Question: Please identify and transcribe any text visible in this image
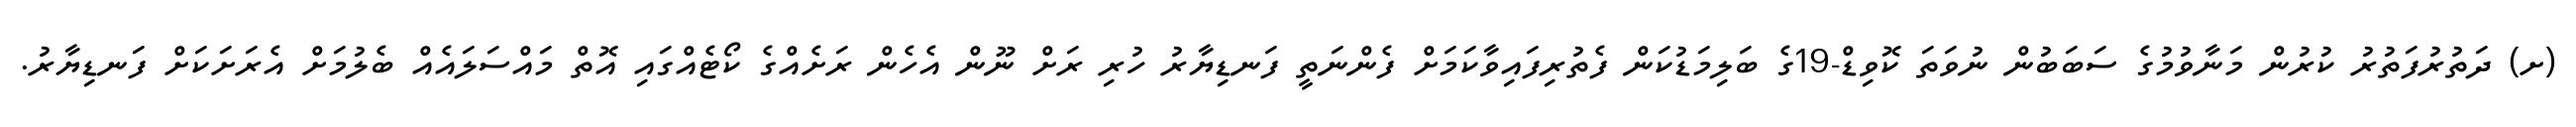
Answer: (ށ) ދަތުރުފަތުރު ކުރުން މަނާވުމުގެ ސަބަބުން ނުވަތަ ކޮވިޑް-19ގެ ބަލިމަޑުކަން ފެތުރިފައިވާކަމަށް ފެންނަތީ ފަނޑިޔާރު ހުރި ރަށް ނޫން އެހެން ރަށެއްގެ ކޯޓެއްގައި އޮތް މައްސަލައެއް ބެލުމަށް އެރަށަކަށް ފަނޑިޔާރު.